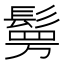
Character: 𮫉